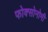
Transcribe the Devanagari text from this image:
फोक्सोनोमी